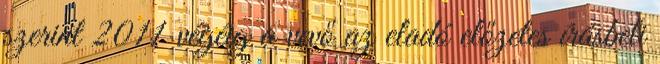
szerint 2011 végéig a vevő az eladó előzetes írásbeli